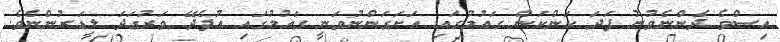
އިސްވެ ދެންނެވުނު ފަދަ ކަންކަން ގައުމުގައި އަށަގަންނުވަނީ ގައުމުގައި އުފެދޭ ވަރުގަދަ ލީޑަރުންނެވެ.